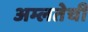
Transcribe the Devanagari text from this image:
अम्लतेची